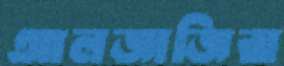
আলজাজিরা